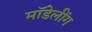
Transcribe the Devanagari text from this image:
मॉडेलींग